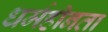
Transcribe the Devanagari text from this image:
धर्महीनता